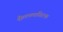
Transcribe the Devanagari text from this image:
शैलप्लास्टिक